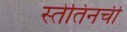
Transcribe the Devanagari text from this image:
स्तेतिनची